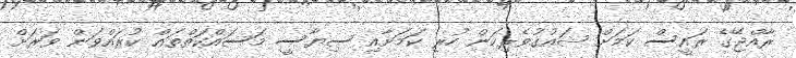
ރާއްޖޭގެ ރައީސް ކަމަށް ޝައުގުވެރިކަން ހުރި ކަމަށާއި ސިޔާސީ މަސައްކަތްތައް ކުރައްވަން ވަރަށް